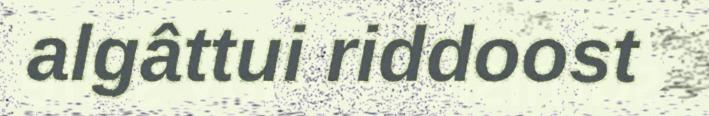
algâttui riddoost